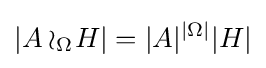
|A\wr _{\Omega }\!H|=|A|^{|\Omega |}|H|